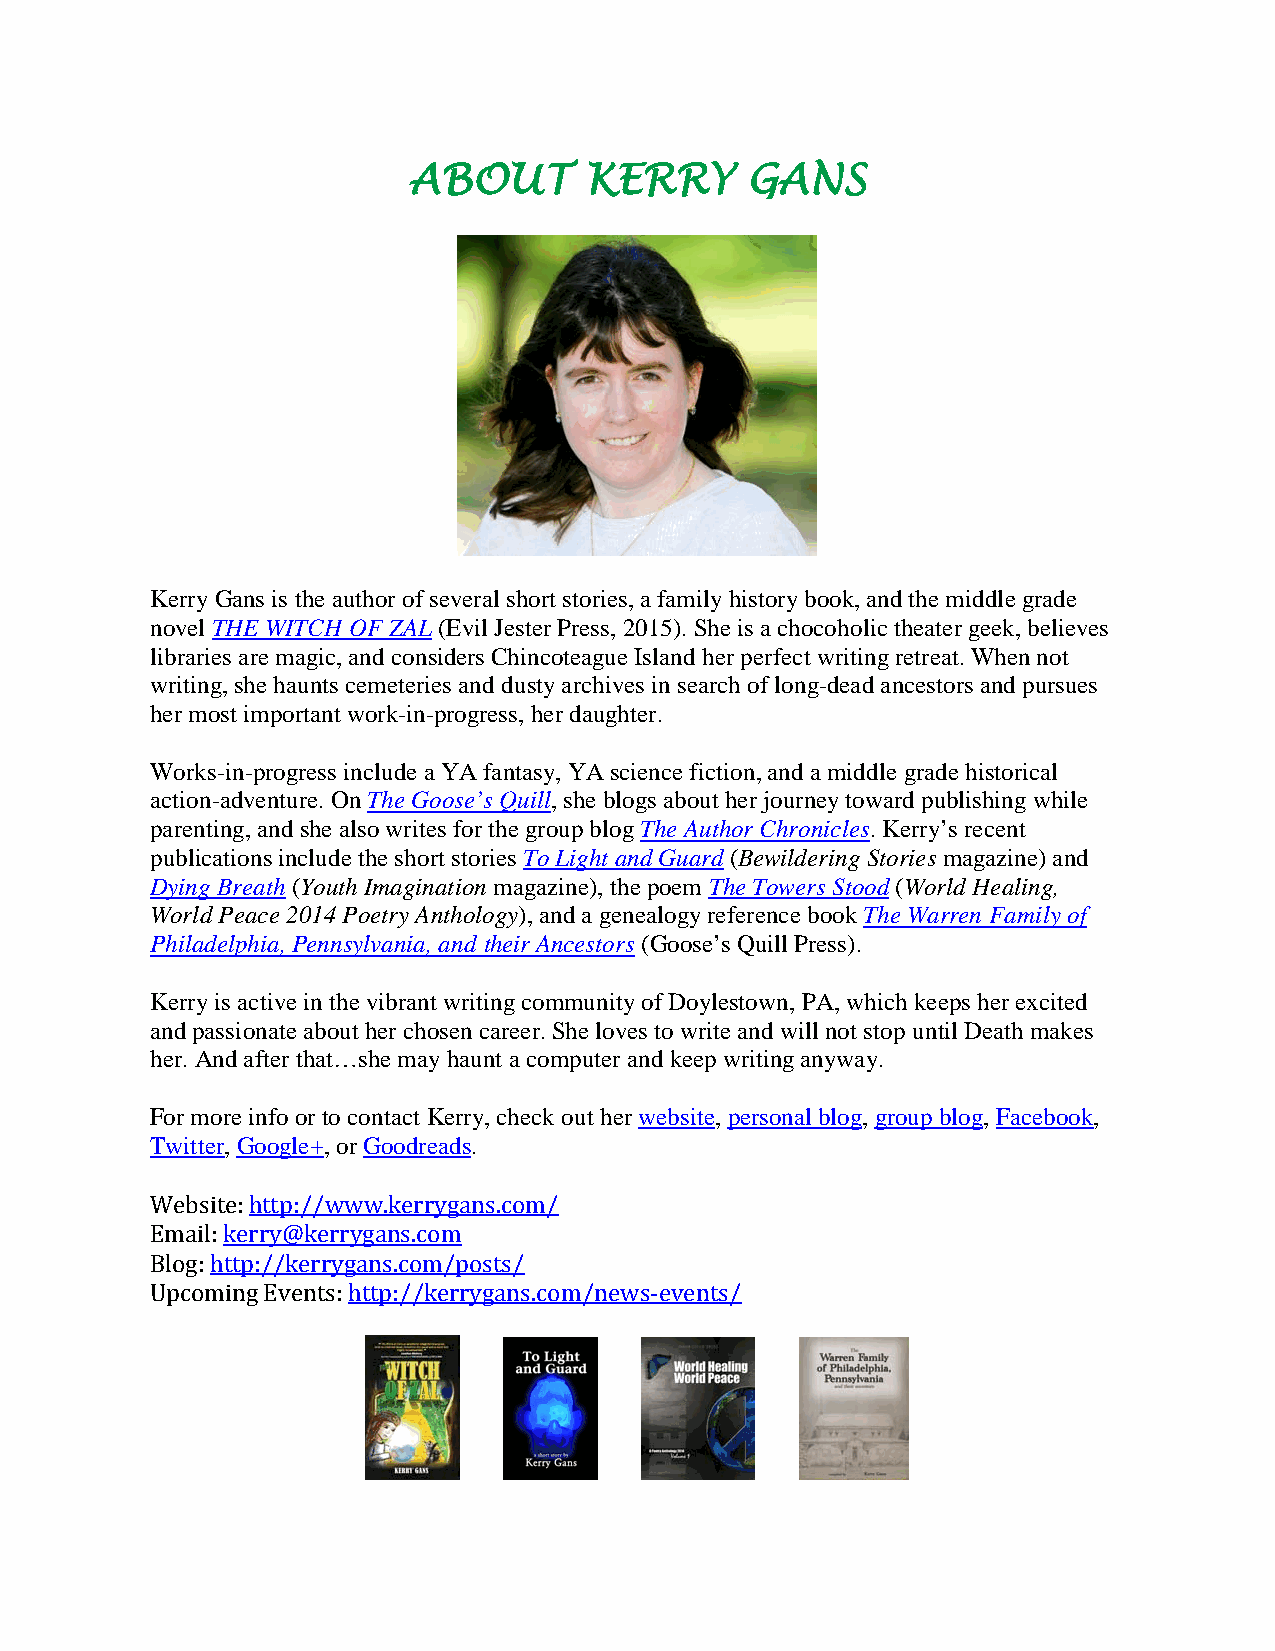
ABOUT       KERRY     GANS
 Kerry Gans is the author of several short stories, a family history book, and the middle grade
 novel THE WITCH OF ZAL (Evil Jester Press, 2015). She is a chocoholic theater geek, believes
 libraries are magic, and considers Chincoteague Island her perfect writing retreat. When not
 writing, she haunts cemeteries and dusty archives in search of long-dead ancestors and pursues
 her most important work-in-progress, her daughter.
 Works-in-progress include a YA fantasy, YA science fiction, and a middle grade historical
 action-adventure. On The Goose’s Quill, she blogs about her journey toward publishing while
 parenting, and she also writes for the group blog The Author Chronicles. Kerry’s recent
 publications include the short stories To Light and Guard (Bewildering Stories magazine) and
 Dying Breath (Youth Imagination magazine), the poem The Towers Stood (World Healing,
 World Peace 2014 Poetry Anthology), and a genealogy reference book The Warren Family of
 Philadelphia, Pennsylvania, and their Ancestors (Goose’s Quill Press).
 Kerry is active in the vibrant writing community of Doylestown, PA, which keeps her excited
 and passionate about her chosen career. She loves to write and will not stop until Death makes
 her. And after that…she may haunt a computer and keep writing anyway.
 For more info or to contact Kerry, check out her website, personal blog, group blog, Facebook,
 Twitter, Google+, or Goodreads.
 Website: http://www.kerrygans.com/
 Email: kerry@kerrygans.com
 Blog: http://kerrygans.com/posts/
 Upcoming Events: http://kerrygans.com/news-events/